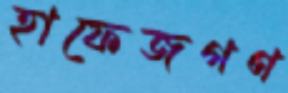
হাফেজগণ